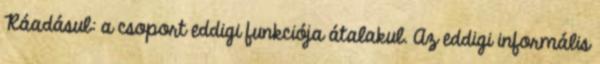
Ráadásul: a csoport eddigi funkciója átalakul. Az eddigi informális